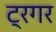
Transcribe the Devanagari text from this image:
ट्रगर